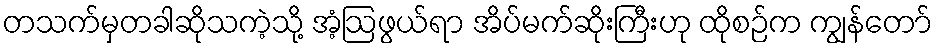
တသက်မှတခါဆိုသကဲ့သို့ အံ့ဩဖွယ်ရာ အိပ်မက်ဆိုးကြီးဟု ထိုစဉ်က ကျွန်တော်